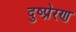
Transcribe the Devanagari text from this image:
दुष्प्रेरण